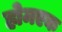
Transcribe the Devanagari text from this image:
होमएक